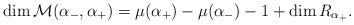
LaTeX: \begin{align*}\dim{\mathcal M}({\alpha_-},{\alpha_+})=\mu(\alpha_+) - \mu(\alpha_-) - 1 + \dim R_{\alpha_+}.\end{align*}